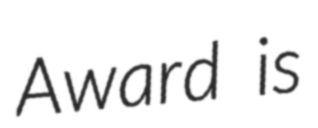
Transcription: Award is